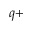
^ { q + }